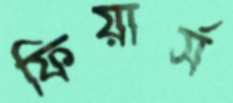
ফিয়ার্স